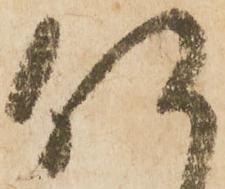
何